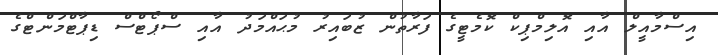
އިސްމާއީލް އާއި އޮލިމްޕިކް ކޮމެޓީގެ ފަރާތުން ޒުބައިރު މުޙައްމަދު އާއި ސްޕޯޓްސް ޑިޕާޓްމަންޓްގެ